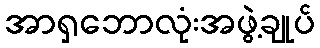
အာရှဘောလုံးအဖွဲ့ချုပ်